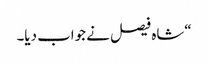
“شاہ فیصل نے جواب دیا۔